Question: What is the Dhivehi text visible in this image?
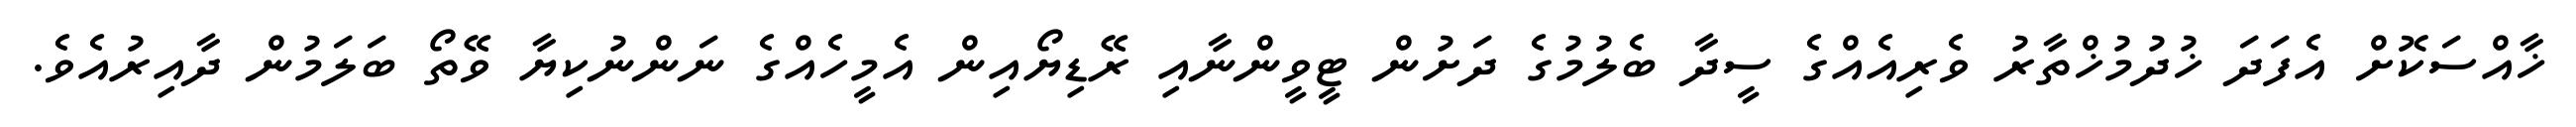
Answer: ޚާއްސަކޮށް އެފަދަ ޚުދުމުޚްތާރު ވެރިއެއްގެ ސީދާ ބެލުމުގެ ދަށުން ޓީވީންނާއި ރޭޑިޔޯއިން އެމީހެއްގެ ނަންނުކިޔާ ވޭތޯ ބަލަމުން ދާއިރުއެވެ.